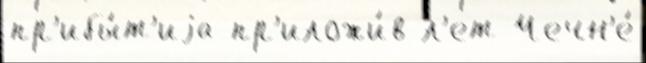
пр'ибы́т'иjа пр'иложи́в л'ет Чечн'е́